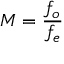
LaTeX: M = { \frac { f _ { o } } { f _ { e } } }